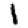
Digit: 1